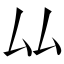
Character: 厸